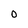
Character: O